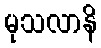
မုသလာနိ